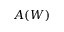
A ( W )